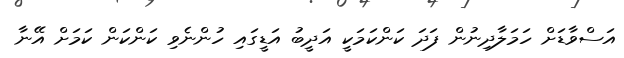
އަސްވާޑަށް ހަމަލާދިނުން ފަދަ ކަންކަމަކީ އަދީބު އަޑީގައި ހުންނެވި ކަންކަން ކަމަށް އޭނާ